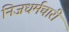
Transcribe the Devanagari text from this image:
निजधर्मचारी